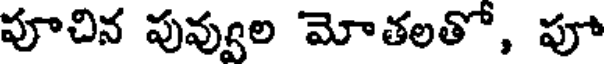
పూచిన పువ్వుల మోతలతో, పూ